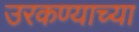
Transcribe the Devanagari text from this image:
उरकण्याच्या